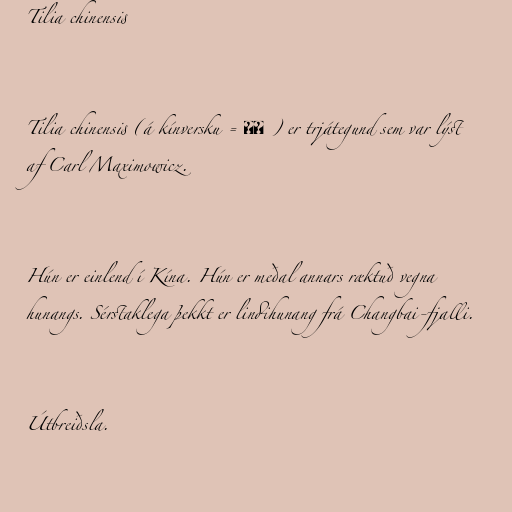
Tilia chinensis

Tilia chinensis (á kínversku = 椴树 ) er trjátegund sem var lýst
af Carl Maximowicz.

Hún er einlend í Kína. Hún er meðal annars ræktuð vegna
hunangs. Sérstaklega þekkt er lindihunang frá Changbai-fjalli.

Útbreiðsla.